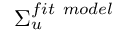
\Sigma _ { u } ^ { f i t \ m o d e l }